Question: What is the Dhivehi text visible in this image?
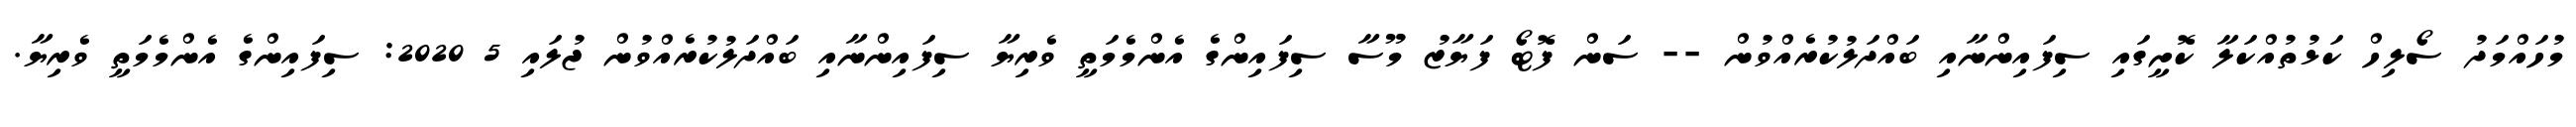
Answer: މުހައްމަދު ސޯލިހް ކަޅުތުއްކަލާ ކޮށީގައި ސިފައިންނާއި ބައްދަލުކުރެއްވުން -- ސަން ފޮޓޯ ފަޔާޒު މޫސާ ސިފައިންގެ އެންމެމަތީ ވެރިޔާ ސިފައިންނާއި ބައްދަލުކުރެއްވުން ޖުލައި 5 2020: ސިފައިންގެ އެންމެމަތީ ވެރިޔާ.